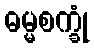
ဓမ္မစက္ခုံ